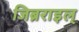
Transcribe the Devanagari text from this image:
जिब्रराइल्